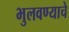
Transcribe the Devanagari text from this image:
भुलवण्याचे